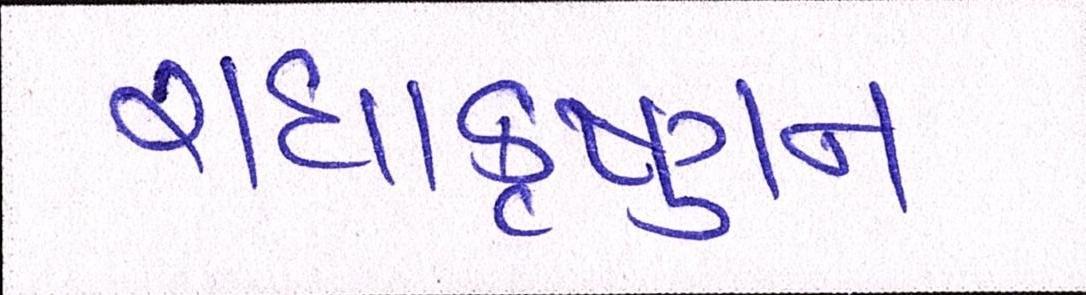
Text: રાધાકૃષ્ણન